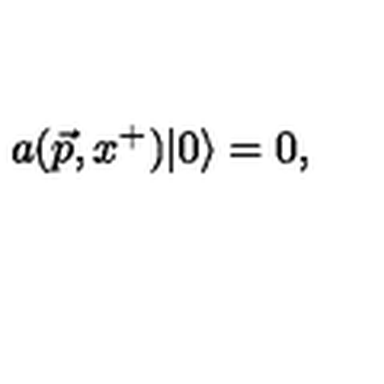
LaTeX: a ( \vec { p } , x ^ { + } ) \vert 0 \rangle = 0 ,